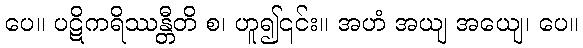
ပေ။ ပဋိကရိဿန္တီတိ စ၊ ဟူ၍၎င်း။ အဟံ အယျ အယျေ၊ ပေ။